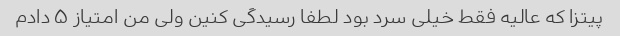
پیتزا که عالیه فقط خیلی سرد بود لطفا رسیدگی کنین ولی من امتیاز ۵ دادم